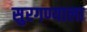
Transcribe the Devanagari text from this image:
सुरगण्याला